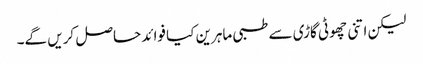
لیکن اتنی چھوٹی گاڑی سے طبی ماہرین کیا فوائد حاصل کریں گے۔